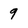
Character: 9